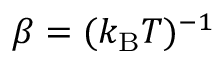
\beta = ( k _ { \mathrm { B } } T ) ^ { - 1 }